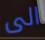
الى